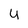
Character: U